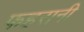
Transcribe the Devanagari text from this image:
फहरानी